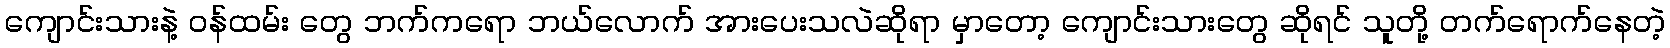
ကျောင်းသားနဲ့ ဝန်ထမ်း တွေ ဘက်ကရော ဘယ်လောက် အားပေးသလဲဆိုရာ မှာတော့ ကျောင်းသားတွေ ဆိုရင် သူတို့ တက်ရောက်နေတဲ့